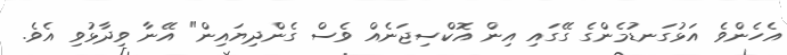
އެހެންވެ އަޅުގަނޑުމެންގެ ގޭގައި އިން އޮކްސިޖަނެއް ވެސް ގެންދިޔައިން" އޭނާ ވިދާޅުވި އެވެ.